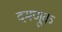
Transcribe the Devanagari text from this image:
दमणूक